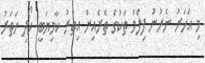
މި އަހަރު ނެރުނު ފިލްމް ތަކުގެ ތެރެއިން އިތުރު ކާމިޔަބީ ހޯދި ހަތަރު